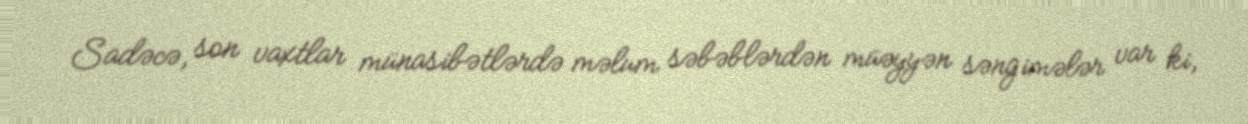
Sadəcə, son vaxtlar münasibətlərdə məlum səbəblərdən müəyyən səngimələr var ki,